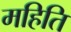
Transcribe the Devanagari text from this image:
महिति